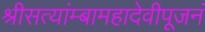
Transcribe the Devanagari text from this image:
श्रीसत्यांम्बामहादेवीपूजनं